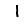
Digit: 1